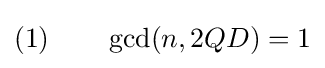
(1)\qquad \gcd(n,2QD)=1